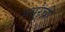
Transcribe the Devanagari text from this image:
मसुरेची